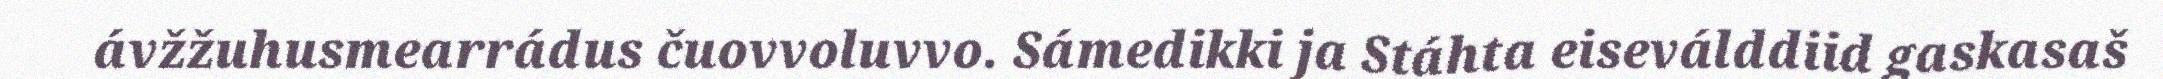
ávžžuhusmearrádus čuovvoluvvo. Sámedikki ja Stáhta eiseválddiid gaskasaš